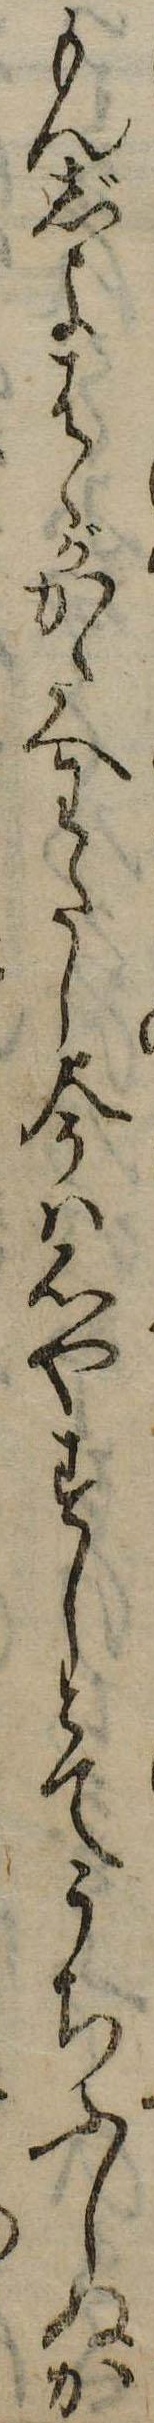
もんじよはゝがかたへわたし今は心やすしとてうちふしぬか